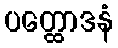
ပတ္ထောဒနံ